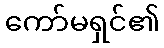
ကော်မရှင်၏